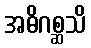
အဓိဂစ္ဆသိ